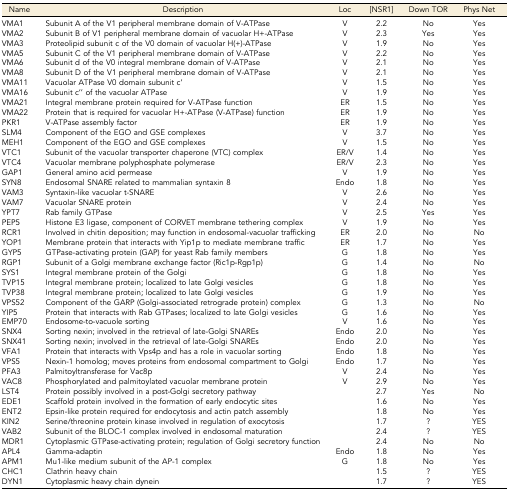
<table><thead><tr><td><b>Name</b></td><td><b>Description</b></td><td><b>Loc</b></td><td><b>[NSR1]</b></td><td><b>Down TOR</b></td><td><b>Phys Net</b></td></tr></thead><tbody><tr><td>VMA1</td><td>Subunit A of the V1 peripheral membrane domain of V-ATPase</td><td>V</td><td>2.2</td><td>No</td><td>Yes</td></tr><tr><td>VMA2</td><td>Subunit B of V1 peripheral membrane domain of vacuolar H+-ATPase</td><td>V</td><td>2.3</td><td>Yes</td><td>Yes</td></tr><tr><td>VMA3</td><td>Proteolipid subunit c of the V0 domain of vacuolar H(+)-ATPase</td><td>V</td><td>1.9</td><td>No</td><td>Yes</td></tr><tr><td>VMA5</td><td>Subunit C of the V1 peripheral membrane domain of V-ATPase</td><td>V</td><td>2.2</td><td>No</td><td>Yes</td></tr><tr><td>VMA6</td><td>Subunit d of the V0 integral membrane domain of V-ATPase</td><td>V</td><td>2.1</td><td>No</td><td>Yes</td></tr><tr><td>VMA8</td><td>Subunit D of the V1 peripheral membrane domain of V-ATPase</td><td>V</td><td>2.1</td><td>No</td><td>Yes</td></tr><tr><td>VMA11</td><td>Vacuolar ATPase V0 domain subunit c’</td><td>V</td><td>1.5</td><td>No</td><td>Yes</td></tr><tr><td>VMA16</td><td>Subunit c’’ of the vacuolar ATPase</td><td>V</td><td>1.9</td><td>No</td><td>Yes</td></tr><tr><td>VMA21</td><td>Integral membrane protein required for V-ATPase function</td><td>ER</td><td>1.5</td><td>No</td><td>Yes</td></tr><tr><td>VMA22</td><td>Protein that is required for vacuolar H+-ATPase (V-ATPase) function</td><td>ER</td><td>1.9</td><td>No</td><td>Yes</td></tr><tr><td>PKR1</td><td>V-ATPase assembly factor</td><td>ER</td><td>1.9</td><td>No</td><td>Yes</td></tr><tr><td>SLM4</td><td>Component of the EGO and GSE complexes</td><td>V</td><td>3.7</td><td>No</td><td>Yes</td></tr><tr><td>MEH1</td><td>Component of the EGO and GSE complexes</td><td>V</td><td>1.5</td><td>No</td><td>Yes</td></tr><tr><td>VTC1</td><td>Subunit of the vacuolar transporter chaperone (VTC) complex</td><td>ER/V</td><td>1.4</td><td>No</td><td>Yes</td></tr><tr><td>VTC4</td><td>Vacuolar membrane polyphosphate polymerase</td><td>ER/V</td><td>2.3</td><td>No</td><td>Yes</td></tr><tr><td>GAP1</td><td>General amino acid permease</td><td>V</td><td>1.9</td><td>No</td><td>Yes</td></tr><tr><td>SYN8</td><td>Endosomal SNARE related to mammalian syntaxin 8</td><td>Endo</td><td>1.8</td><td>No</td><td>Yes</td></tr><tr><td>VAM3</td><td>Syntaxin-like vacuolar t-SNARE</td><td>V</td><td>2.6</td><td>No</td><td>Yes</td></tr><tr><td>VAM7</td><td>Vacuolar SNARE protein</td><td>V</td><td>2.4</td><td>No</td><td>Yes</td></tr><tr><td>YPT7</td><td>Rab family GTPase</td><td>V</td><td>2.5</td><td>Yes</td><td>Yes</td></tr><tr><td>PEP5</td><td>Histone E3 ligase, component of CORVET membrane tethering complex</td><td>V</td><td>1.9</td><td>No</td><td>Yes</td></tr><tr><td>RCR1</td><td>Involved in chitin deposition; may function in endosomal-vacuolar trafficking</td><td>ER</td><td>2.0</td><td>No</td><td>No</td></tr><tr><td>YOP1</td><td>Membrane protein that interacts with Yip1p to mediate membrane traffic</td><td>ER</td><td>1.7</td><td>No</td><td>Yes</td></tr><tr><td>GYP5</td><td>GTPase-activating protein (GAP) for yeast Rab family members</td><td>G</td><td>1.8</td><td>No</td><td>Yes</td></tr><tr><td>RGP1</td><td>Subunit of a Golgi membrane exchange factor (Ric1p-Rgp1p)</td><td>G</td><td>1.4</td><td>No</td><td>No</td></tr><tr><td>SYS1</td><td>Integral membrane protein of the Golgi</td><td>G</td><td>1.8</td><td>No</td><td>Yes</td></tr><tr><td>TVP15</td><td>Integral membrane protein; localized to late Golgi vesicles</td><td>G</td><td>1.8</td><td>No</td><td>Yes</td></tr><tr><td>TVP38</td><td>Integral membrane protein; localized to late Golgi vesicles</td><td>G</td><td>1.9</td><td>No</td><td>Yes</td></tr><tr><td>VPS52</td><td>Component of the GARP (Golgi-associated retrograde protein) complex</td><td>G</td><td>1.3</td><td>No</td><td>No</td></tr><tr><td>YIP5</td><td>Protein that interacts with Rab GTPases; localized to late Golgi vesicles</td><td>G</td><td>1.6</td><td>No</td><td>Yes</td></tr><tr><td>EMP70</td><td>Endosome-to-vacuole sorting</td><td>V</td><td>1.6</td><td>No</td><td>Yes</td></tr><tr><td>SNX4</td><td>Sorting nexin; involved in the retrieval of late-Golgi SNAREs</td><td>Endo</td><td>2.0</td><td>No</td><td>Yes</td></tr><tr><td>SNX41</td><td>Sorting nexin; involved in the retrieval of late-Golgi SNAREs</td><td>Endo</td><td>2.0</td><td>No</td><td>Yes</td></tr><tr><td>VFA1</td><td>Protein that interacts with Vps4p and has a role in vacuolar sorting</td><td>Endo</td><td>1.8</td><td>No</td><td>Yes</td></tr><tr><td>VPS5</td><td>Nexin-1 homolog; moves proteins from endosomal compartment to Golgi</td><td>Endo</td><td>1.7</td><td>No</td><td>Yes</td></tr><tr><td>PFA3</td><td>Palmitoyltransferase for Vac8p</td><td>V</td><td>2.4</td><td>No</td><td>Yes</td></tr><tr><td>VAC8</td><td>Phosphorylated and palmitoylated vacuolar membrane protein</td><td>V</td><td>2.9</td><td>No</td><td>Yes</td></tr><tr><td>LST4</td><td>Protein possibly involved in a post-Golgi secretory pathway</td><td></td><td>2.7</td><td>Yes</td><td>No</td></tr><tr><td>EDE1</td><td>Scaffold protein involved in the formation of early endocytic sites</td><td></td><td>1.6</td><td>No</td><td>Yes</td></tr><tr><td>ENT2</td><td>Epsin-like protein required for endocytosis and actin patch assembly</td><td></td><td>1.8</td><td>No</td><td>Yes</td></tr><tr><td>KIN2</td><td>Serine/threonine protein kinase involved in regulation of exocytosis</td><td></td><td>1.7</td><td>?</td><td>YES</td></tr><tr><td>VAB2</td><td>Subunit of the BLOC-1 complex involved in endosomal maturation</td><td></td><td>2.4</td><td>?</td><td>YES</td></tr><tr><td>MDR1</td><td>Cytoplasmic GTPase-activating protein; regulation of Golgi secretory function</td><td></td><td>2.4</td><td>No</td><td>No</td></tr><tr><td>APL4</td><td>Gamma-adaptin</td><td>Endo</td><td>1.8</td><td>No</td><td>Yes</td></tr><tr><td>APM1</td><td>Mu1-like medium subunit of the AP-1 complex</td><td>G</td><td>1.8</td><td>No</td><td>Yes</td></tr><tr><td>CHC1</td><td>Clathrin heavy chain</td><td></td><td>1.5</td><td>?</td><td>YES</td></tr><tr><td>DYN1</td><td>Cytoplasmic heavy chain dynein</td><td></td><td>1.7</td><td>?</td><td>YES</td></tr></tbody></table>